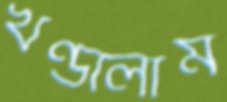
খণ্ডালাম